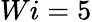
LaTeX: Wi=5